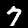
Digit: 7